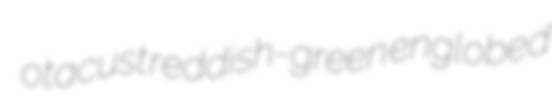
otacust reddish-green englobed